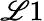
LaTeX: \mathscr{L}1